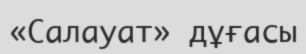
«Салауат» дұғасы